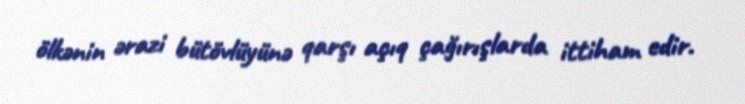
ölkənin ərazi bütövlüyünə qarşı açıq çağırışlarda ittiham edir.